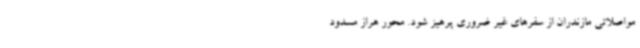
مواصلاتی مازندران از سفرهای غیر ضروری پرهیز شود. محور هراز مسدود